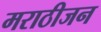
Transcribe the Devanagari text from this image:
मराठीजन